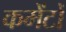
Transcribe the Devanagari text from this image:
कमेंटों